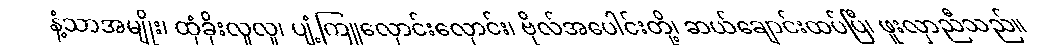
နံ့သာအမျိုး၊ ထုံခိုးလူလူ၊ ပျံ့ကြူလှောင်းလှောင်း၊ ဗိုလ်အပေါင်းတို့၊ ဆယ်ချောင်းထပ်ပြီ၊ ဖူးလှာညီသည်။